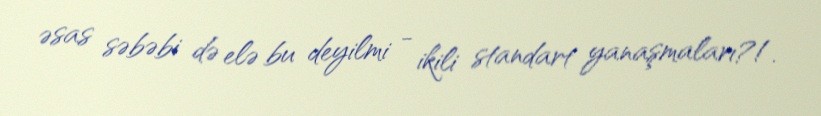
əsas səbəbi də elə bu deyilmi - ikili standart yanaşmaları?!.